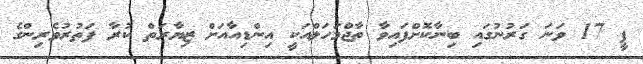
ޕީ 17 ވަނަ ގަރުނުގައި ބިނާކޮށްފައިވާ ތާޖްމަހަލްއަކީ އިންޑިއާއަށް ޒިޔާރަތް ކުރާ ފަތުރުވެރިންގެ